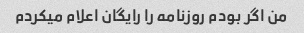
من اگر بودم روزنامه را رایگان اعلام میکردم